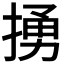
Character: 𢰭